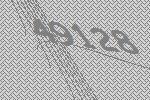
49128